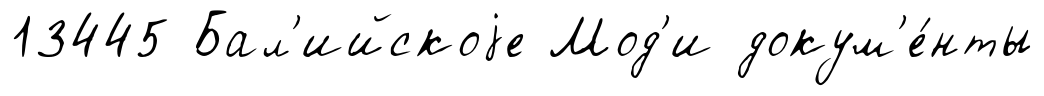
13445 Бал'ийскоjе Мод'и докум'е́нты